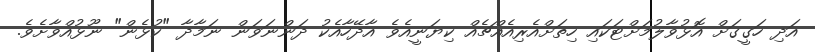
އަދި ހަގީގަށް އޮޅުވާލުމަށްޓަކައި ހިތަށްއެރިއެއްޗެއް ކިޔަނީއެވެ އާދޭހާއެކު ދަންނަވަން ނަމާދާ "ކުޅެން" ނޫޅުއްވާށެވެ.